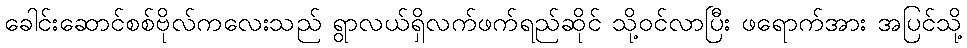
ခေါင်းဆောင်စစ်ဗိုလ်ကလေးသည် ရွာလယ်ရှိလက်ဖက်ရည်ဆိုင် သို့ဝင်လာပြီး ဖရောက်အား အပြင်သို့